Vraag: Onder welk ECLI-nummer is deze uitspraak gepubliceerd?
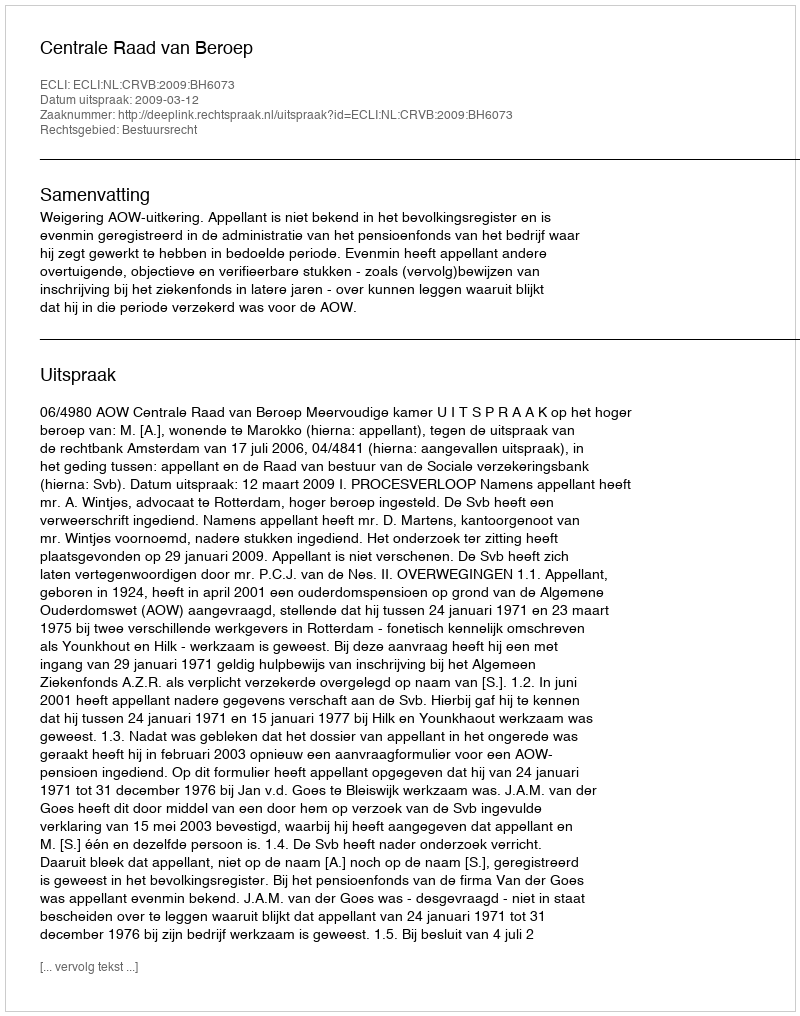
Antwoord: ECLI:NL:CRVB:2009:BH6073